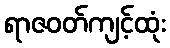
ရာဇဝတ်ကျင့်ထုံး